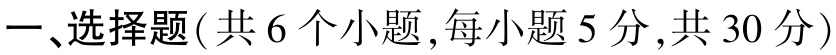
一、选择题(共 6 个小题,每小题 5 分,共 30 分)